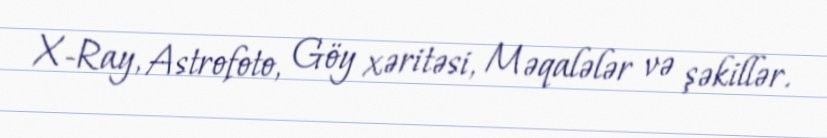
X-Ray, Astrofoto, Göy xəritəsi, Məqalələr və şəkillər.